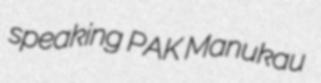
speaking PAK Manukau